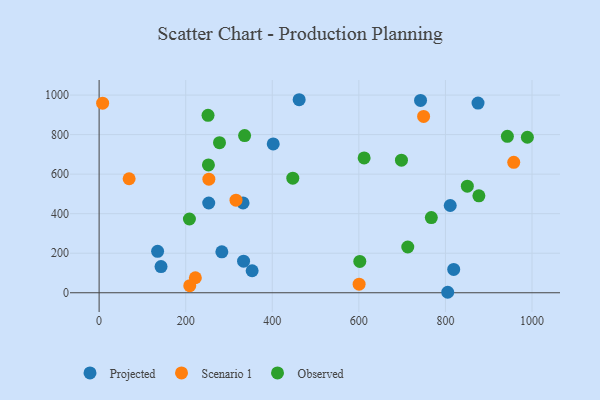
{"axis": {"x": "Price", "y": "Yield"}, "legend": ["Observed", "Projected", "Scenario 1"], "data": [{"x": "283.5", "y": 207.2, "type": "Projected"}, {"x": "811.1", "y": 441.4, "type": "Projected"}, {"x": "135.1", "y": 209.8, "type": "Projected"}, {"x": "742.5", "y": 973.2, "type": "Projected"}, {"x": "253.2", "y": 454.1, "type": "Projected"}, {"x": "462.1", "y": 976.5, "type": "Projected"}, {"x": "333.7", "y": 159.5, "type": "Projected"}, {"x": "819.1", "y": 118.2, "type": "Projected"}, {"x": "402.2", "y": 753.1, "type": "Projected"}, {"x": "875.3", "y": 959.7, "type": "Projected"}, {"x": "805.3", "y": 2.4, "type": "Projected"}, {"x": "332.5", "y": 454.6, "type": "Projected"}, {"x": "143.0", "y": 132.3, "type": "Projected"}, {"x": "353.5", "y": 111.4, "type": "Projected"}, {"x": "749.6", "y": 892.2, "type": "Scenario 1"}, {"x": "253.5", "y": 574.6, "type": "Scenario 1"}, {"x": "957.8", "y": 660.0, "type": "Scenario 1"}, {"x": "69.3", "y": 576.7, "type": "Scenario 1"}, {"x": "222.3", "y": 76.0, "type": "Scenario 1"}, {"x": "600.6", "y": 43.4, "type": "Scenario 1"}, {"x": "209.4", "y": 35.8, "type": "Scenario 1"}, {"x": "316.2", "y": 468.2, "type": "Scenario 1"}, {"x": "8.1", "y": 958.8, "type": "Scenario 1"}, {"x": "943.1", "y": 791.3, "type": "Observed"}, {"x": "252.5", "y": 646.6, "type": "Observed"}, {"x": "767.4", "y": 380.1, "type": "Observed"}, {"x": "336.1", "y": 795.0, "type": "Observed"}, {"x": "989.3", "y": 786.6, "type": "Observed"}, {"x": "877.3", "y": 490.1, "type": "Observed"}, {"x": "698.4", "y": 670.7, "type": "Observed"}, {"x": "447.4", "y": 579.6, "type": "Observed"}, {"x": "850.6", "y": 539.3, "type": "Observed"}, {"x": "251.6", "y": 897.8, "type": "Observed"}, {"x": "208.6", "y": 373.2, "type": "Observed"}, {"x": "713.0", "y": 231.5, "type": "Observed"}, {"x": "278.1", "y": 759.4, "type": "Observed"}, {"x": "612.2", "y": 682.2, "type": "Observed"}, {"x": "602.2", "y": 158.6, "type": "Observed"}]}